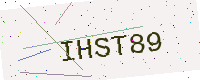
Text: IHST89